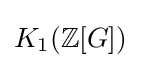
K_{1}(\mathbb {Z} [G])